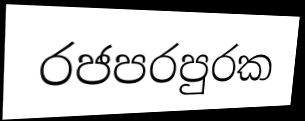
රජපරපුරක